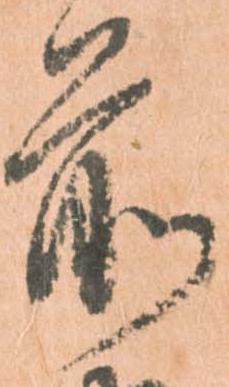
前